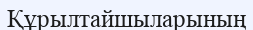
Құрылтайшыларының